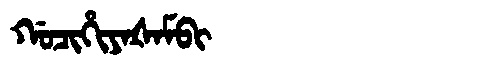
Manchu: ᡤᠣᠴᡳᡥᡳᠶᠠᡧᠠᠮᠪᡳ
Romanization: GOCIHIYAŠAMBI